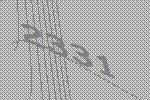
2331